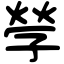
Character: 𡦃